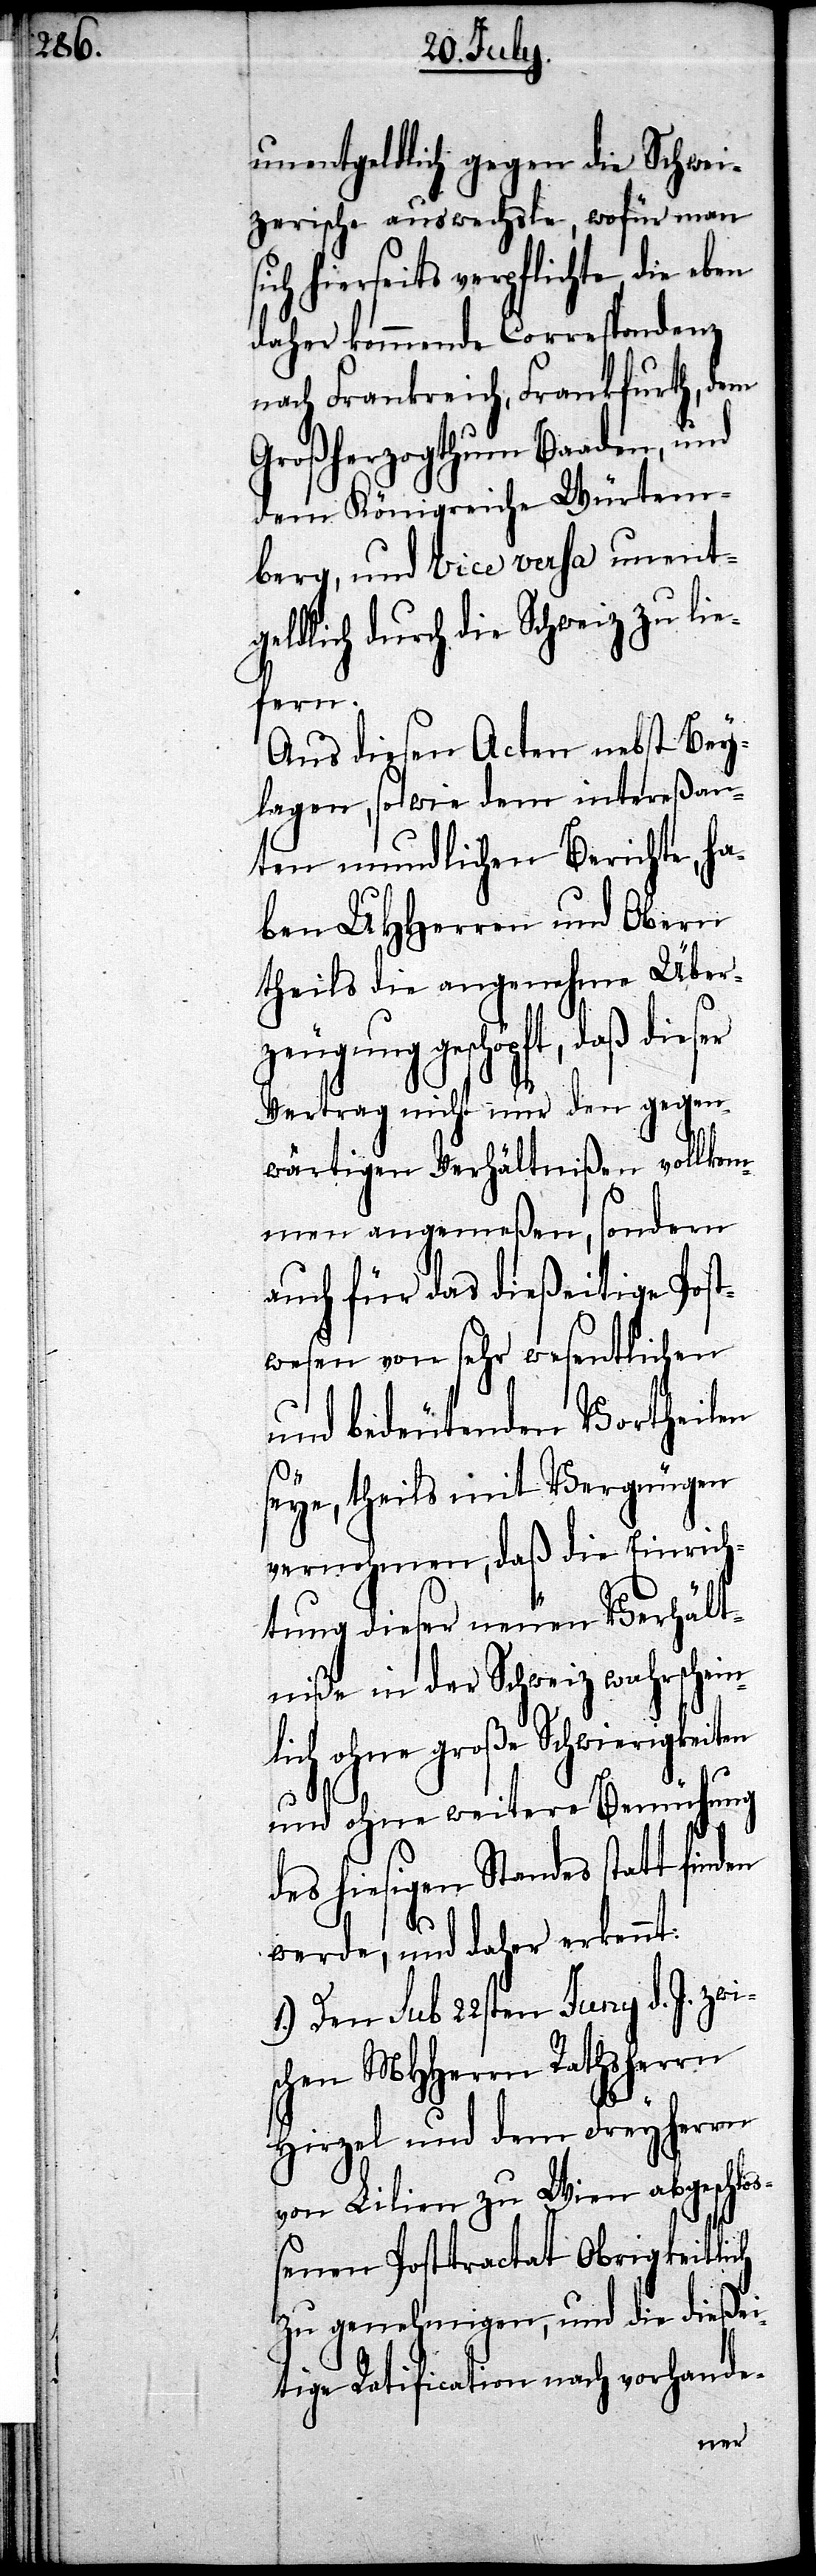
unentgeldlich gegen die Schwei¬
zerische auswechsle, wofür man
ich hierseits verpflichte, die eben
daher kommende Correspondenz
nach Frankreich, Frankfurt, dem
Großherzogthum Baaden, und
dem Königreiche Würtem¬
berg, und Vice versa unent¬
geldlich durch die Schweiz zu lie¬
fern.
Aus diesen Acten nebst Bey¬
lagen, so wie dem intereßan¬
ten unendlichen Berichte, ha¬
ben UHHerren und Obern
theils die angenehme Überz¬
eugung geschöpft, daß dies¬
Vertrag nicht nur den gegen¬
wärtigen Verhältnißen vollkom¬
men angemeßen, sondern
auch für das dießeitige Post¬
wesen von sehr wesentlichen
und bedeutenden Vortheilen
seye, theils mit Vergnügen
vernohmen, daß die Einrich¬
tung dieser neuen Verhält¬
niße in der Schweiz wahrschein¬
lich ohne große Schwierigkeiten
und ohne weitere Bemühung
des hiesigen Standes statt finden
werde, und daher erkennt:
1.) Den sub 22sten Juny d. J. zw¬
schen MHerrn Rathsherrn
Hirzel und dem Freyherrn
von Lilien zu Wien abgeschlo¬
ßenen Postractat Obrigkeitlich
zu genehmigen, und die dießei¬
tige Ratification nach vorhande-
i¬